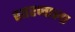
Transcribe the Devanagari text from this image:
शारजाला